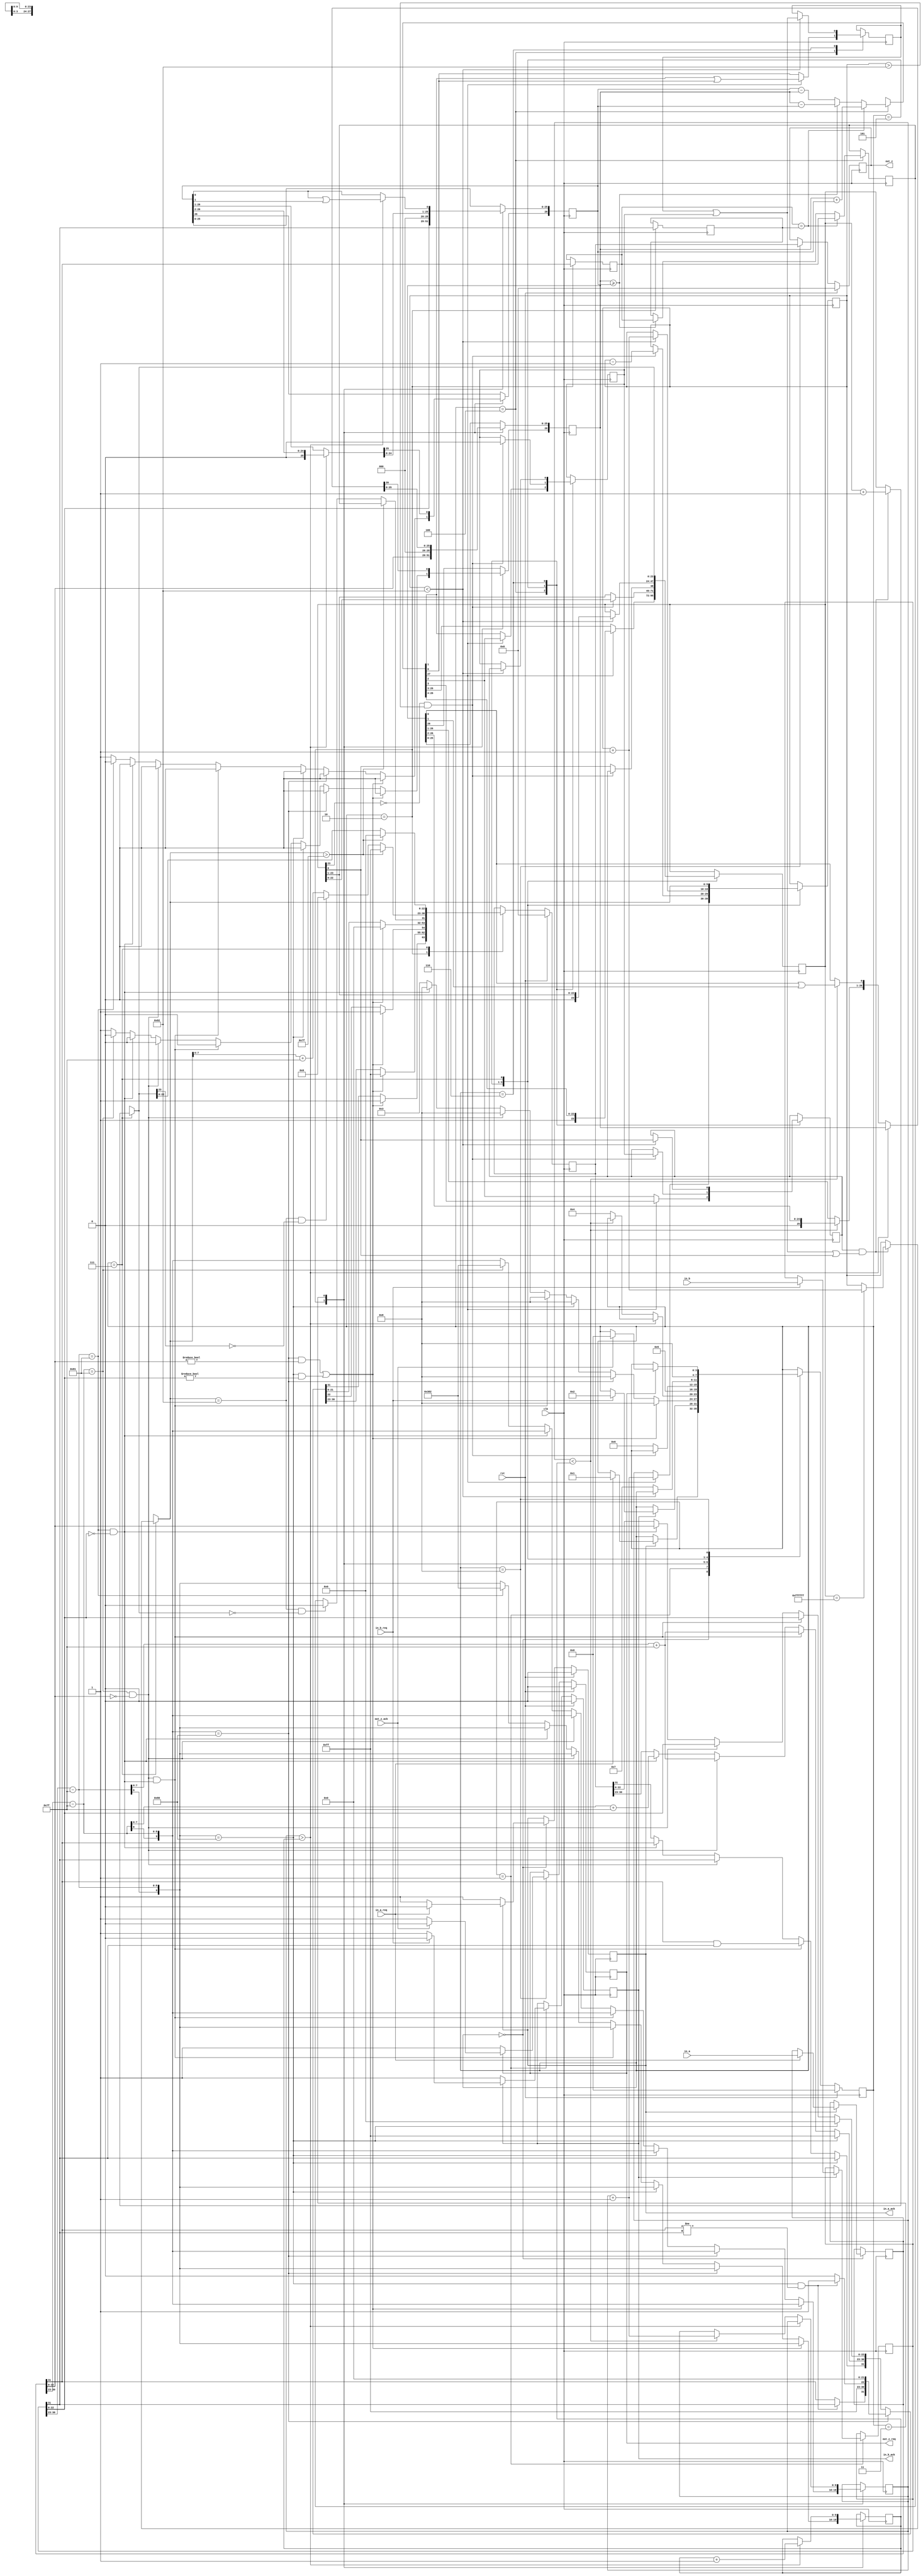
module adder_clean(
    in_a,
    in_b,
    in_a_req,
    in_b_req,
    out_z_ack,
    clk,
    rst,
    out_z,
    out_z_req,
    in_a_ack,
    in_b_ack);

    input     clk;
    input     rst;

    input     [31:0] in_a;
    input     in_a_req;
    output    in_a_ack;

    input     [31:0] in_b;
    input     in_b_req;
    output    in_b_ack;

    output    [31:0] out_z;
    output    out_z_req;
    input     out_z_ack;

    reg       final_out_z_req;
    reg       [31:0] final_out_z;
    reg       final_in_a_ack;
    reg       final_in_b_ack;

    reg       [3:0] state;
    parameter WAIT_INPUT_1 = 4'd0,
    WAIT_INPUT_2           = 4'd1,
    SPLIT_SPECIAL          = 4'd2,
    ALIGN                  = 4'd3,
    ADD                    = 4'd4,
    NORM_1                 = 4'd5,
    NORM_2                 = 4'd6,
    ROUND                  = 4'd7,
    DRIVE_Z                = 4'd8;

    reg       [31:0] a, b, z;
    reg       [26:0] mant_a, mant_b;
    reg       temp_mant_a_bit0, temp_mant_b_bit0;
    reg       [23:0] mant_z;
    reg       temp_mant_z_bit0;
    reg       [9:0] exp_a, exp_b, exp_z;
    reg       sign_a, sign_b, sign_z;
    reg       guard, round_bit, sticky;
    reg       [27:0] sum;

    always @(posedge clk)
    begin

        case(state)

            WAIT_INPUT_1:
                begin
                    if (!final_in_a_ack) begin
                        final_in_a_ack = 1;
                    end
                    else if (in_a_req) begin
                        a = in_a;
                        final_in_a_ack = 0;
                        state <= WAIT_INPUT_2;
                    end
                end

            WAIT_INPUT_2:
                begin
                    if (!final_in_b_ack) begin
                        final_in_b_ack = 1;
                    end
                    else if (in_b_req) begin
                        b = in_b;
                        final_in_b_ack = 0;
                        state <= SPLIT_SPECIAL;
                    end
                end

            SPLIT_SPECIAL:
                begin
                    mant_a = {a[22 : 0], 3'd0};
                    mant_b = {b[22 : 0], 3'd0};
                    exp_a = a[30 : 23] - 127;
                    exp_b = b[30 : 23] - 127;
                    sign_a = a[31];
                    sign_b = b[31];
                    //state <= special_cases;
                    if ((exp_a == 128 && mant_a != 0) || (exp_b == 128 && mant_b != 0)) begin
                        z[31] = 1;
                        z[30:23] = 255;
                        z[22] = 1;
                        z[21:0] = 0;
                        state <= DRIVE_Z;
                        //if a is inf return inf
                    end else if (exp_a == 128) begin
                        z[31] = sign_a;
                        z[30:23] = 255;
                        z[22:0] = 0;
                        //if a is inf and signs don't match return nan
                        if ((exp_b == 128) && (sign_a != sign_b)) begin
                            z[31] = sign_b;
                            z[30:23] = 255;
                            z[22] = 1;
                            z[21:0] = 0;
                        end
                        state <= DRIVE_Z;
                        //if b is inf return inf
                    end else if (exp_b == 128) begin
                        z[31] = sign_b;
                        z[30:23] = 255;
                        z[22:0] = 0;
                        state <= DRIVE_Z;
                        //if a is zero return b
                    end else if ((($signed(exp_a) == -127) && (mant_a == 0)) && (($signed(exp_b) == -127) && (mant_b == 0))) begin
                        z[31] = sign_a & sign_b;
                        z[30:23] = exp_b[7:0] + 127;
                        z[22:0] = mant_b[26:3];
                        state <= DRIVE_Z;
                        //if a is zero return b
                    end else if (($signed(exp_a) == -127) && (mant_a == 0)) begin
                        z[31] = sign_b;
                        z[30:23] = exp_b[7:0] + 127;
                        z[22:0] = mant_b[26:3];
                        state <= DRIVE_Z;
                        //if b is zero return a
                    end else if (($signed(exp_b) == -127) && (mant_b == 0)) begin
                        z[31] = sign_a;
                        z[30:23] = exp_a[7:0] + 127;
                        z[22:0] = mant_a[26:3];
                        state <= DRIVE_Z;
                    end else begin
                        //Denormalised Number
                        if ($signed(exp_a) == -127) begin
                            exp_a = -126;
                        end else begin
                            mant_a[26] = 1;
                        end
                        //Denormalised Number
                        if ($signed(exp_b) == -127) begin
                            exp_b = -126;
                        end else begin
                            mant_b[26] = 1;
                        end
                        state <= ALIGN;
                    end
                end

            ALIGN:
                begin
                    if ($signed(exp_a) > $signed(exp_b)) begin
                        exp_b = exp_b + 1;
                        temp_mant_b_bit0 = mant_b[0] | mant_b[1];
                        mant_b = mant_b >> 1;
                        mant_b[0] = temp_mant_b_bit0;
                    end else if ($signed(exp_a) < $signed(exp_b)) begin
                        exp_a = exp_a + 1;
                        temp_mant_a_bit0 = mant_a[0] | mant_a[1];
                        mant_a = mant_a >> 1;
                        mant_a[0] = temp_mant_a_bit0;
                    end else begin
                        state <= ADD;
                    end
                end

            ADD:
                begin
                    exp_z = exp_a;
                    if (sign_a == sign_b) begin
                        sum = mant_a + mant_b;
                        sign_z = sign_a;
                    end else begin
                        if (mant_a >= mant_b) begin
                            sum = mant_a - mant_b;
                            sign_z = sign_a;
                        end else begin
                            sum = mant_b - mant_a;
                            sign_z = sign_b;
                        end
                    end
                    //state <= add_1;
                    if (sum[27]) begin
                        mant_z = sum[27:4];
                        guard = sum[3];
                        round_bit = sum[2];
                        sticky = sum[1] | sum[0];
                        exp_z = exp_z + 1;
                    end else begin
                        mant_z = sum[26:3];
                        guard = sum[2];
                        round_bit = sum[1];
                        sticky = sum[0];
                    end
                    state <= NORM_1;
                end

            NORM_1:
                begin
                    if (mant_z[23] == 0 && $signed(exp_z) > -126) begin
                        exp_z = exp_z - 1;
                        mant_z = mant_z << 1;
                        mant_z[0] = guard;
                        guard = round_bit;
                        round_bit = 0;
                    end else begin
                        state <= NORM_2;
                    end
                end

            NORM_2:
                begin
                    if ($signed(exp_z) < -126) begin
                        exp_z = exp_z + 1;
                        temp_mant_z_bit0 = mant_z[0];
                        mant_z = mant_z >> 1;
                        sticky = sticky | round_bit;
                        round_bit = guard;
                        guard = temp_mant_z_bit0;
                    end else begin
                        state <= ROUND;
                    end
                end

            ROUND:
                begin
                    if (guard && (round_bit | sticky | mant_z[0])) begin
                        if (mant_z == 24'hffffff) begin
                            exp_z =exp_z + 1;
                        end
                        mant_z = mant_z + 1;
                    end
                    //state <= pack;
                    z[22 : 0] = mant_z[22:0];
                    z[30 : 23] = exp_z[7:0] + 127;
                    z[31] = sign_z;
                    if ($signed(exp_z) == -126 && mant_z[23] == 0) begin
                        z[30 : 23] = 0;
                    end
                    if ($signed(exp_z) == -126 && mant_z[23:0] == 24'h0) begin
                        z[31] = 1'b0;
                    end
                    //overflow => inf
                    if ($signed(exp_z) > 127) begin
                        z[22 : 0] = 0;
                        z[30 : 23] = 255;
                        z[31] = sign_z;
                    end
                    state <= DRIVE_Z;
                end

            DRIVE_Z:
                begin
                    final_out_z = z;
                    if (!final_out_z_req) begin
                        final_out_z_req = 1;
                    end
                    else if (out_z_ack) begin
                        final_out_z_req = 0;
                        state <= WAIT_INPUT_1;
                    end
                end

        endcase

        if (rst == 1) begin
            state <= WAIT_INPUT_1;
            final_in_a_ack <= 0;
            final_in_b_ack <= 0;
            final_out_z_req <= 0;
            //TODO - Sarang, check if any functionality is broken
            final_out_z <= 0;
            z <= 0;
        end

    end
    assign in_a_ack  = final_in_a_ack;
    assign in_b_ack  = final_in_b_ack;
    assign out_z_req = final_out_z_req;
    assign out_z     = final_out_z;

endmodule